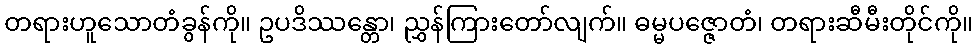
တရားဟူသောတံခွန်ကို။ ဥပဒိဿန္တော၊ ညွှန်ကြားတော်လျက်။ ဓမ္မပဇ္ဇောတံ၊ တရားဆီမီးတိုင်ကို။